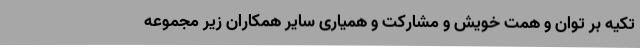
تکیه بر توان و همت خویش و مشارکت و همیاری سایر همکاران زیر مجموعه